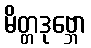
မိတ္တဒုဗ္ဘော